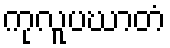
ကုလူပဃာတံ